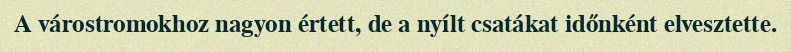
A várostromokhoz nagyon értett, de a nyílt csatákat időnként elvesztette.